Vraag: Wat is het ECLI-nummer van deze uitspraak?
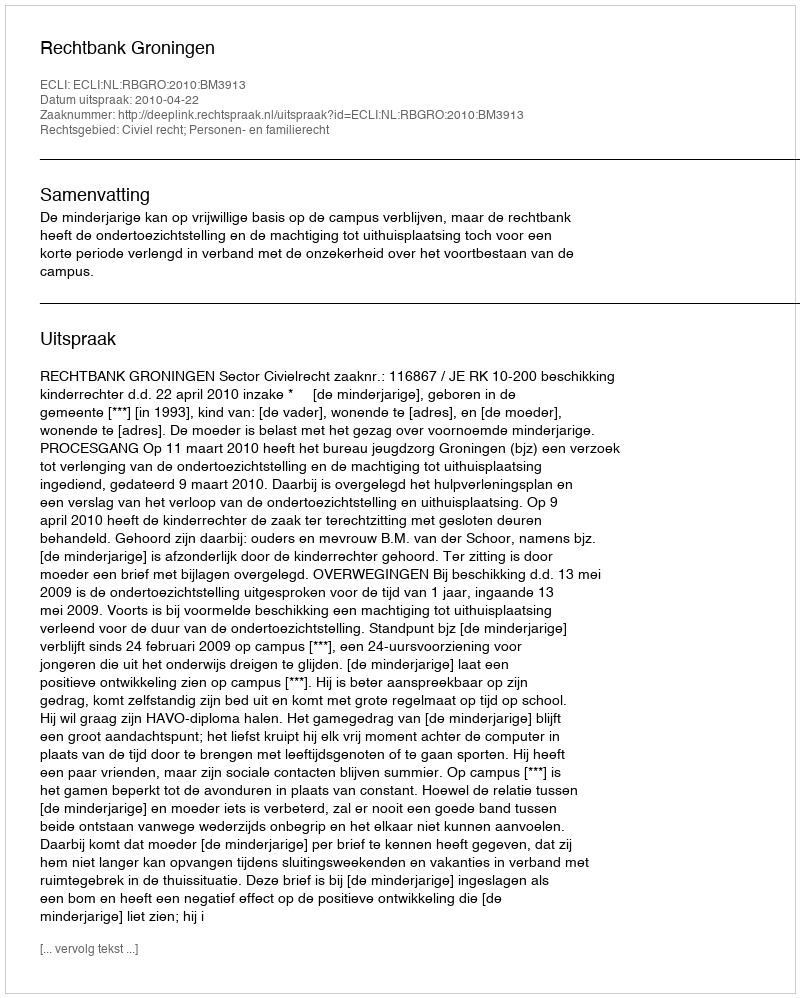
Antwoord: ECLI:NL:RBGRO:2010:BM3913